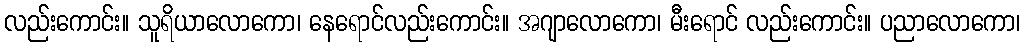
လည်းကောင်း။ သူရိယာလောကော၊ နေရောင်လည်းကောင်း။ အဂျာလောကော၊ မီးရောင် လည်းကောင်း။ ပညာလောကော၊